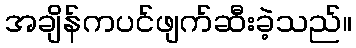
အချိန်ကပင်ဖျက်ဆီးခဲ့သည်။